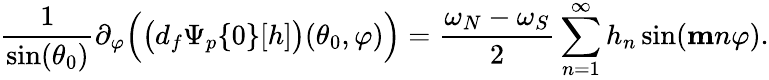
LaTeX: \frac{1}{\sin(\theta_{0})}\partial_{\varphi}\Big(\big(d_{f}\Psi_{p}\{ 0\} [h]\big)(\theta_{0},\varphi)\Big)=\frac{\omega_{N}-\omega_{S}}{2}\sum_{n=1}^{\infty}h_{n}\sin(\mathbf{m}n\varphi).